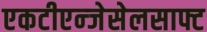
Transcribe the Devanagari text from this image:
एकटीएन्जेसेलसाफ्ट